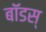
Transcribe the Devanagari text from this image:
बॉडस्